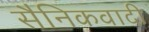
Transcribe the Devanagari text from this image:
सैनिकवादी